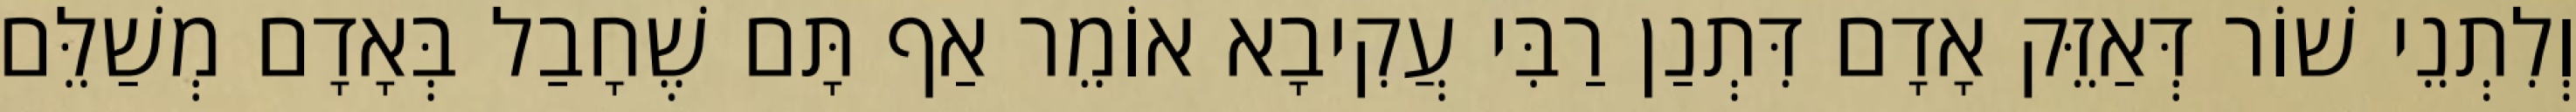
וְלִתְנֵי שׁוֹר דְּאַזֵּק אָדָם דִּתְנַן רַבִּי עֲקִיבָא אוֹמֵר אַף תָּם שֶׁחָבַל בְּאָדָם מְשַׁלֵּם